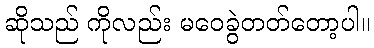
ဆိုသည် ကိုလည်း မဝေခွဲတတ်တော့ပါ။